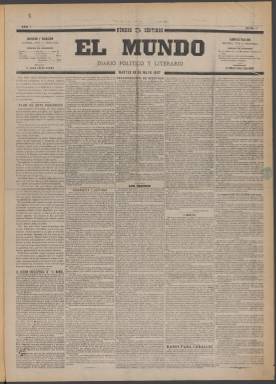
Título: El Mundo (Madrid. 1887)
Colección: Periódicos
Ámbito geográfico: Madrid
Lugar de publicación: Madrid
Fechas: 10/05/1887-17/03/1888